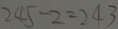
2 4 5 - 2 = 2 4 3